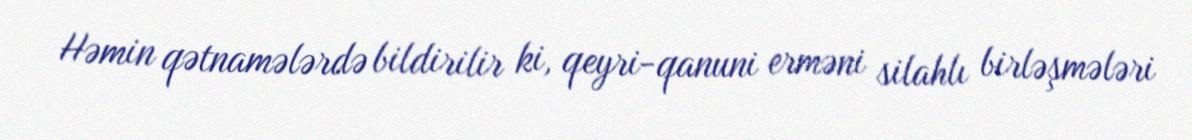
Həmin qətnamələrdə bildirilir ki, qeyri-qanuni erməni silahlı birləşmələri